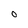
Character: O